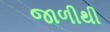
જાળીથી